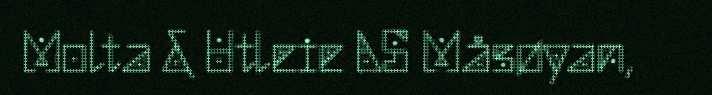
Molta & Utleie AS Måsøyan,